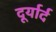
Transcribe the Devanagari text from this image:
दूर्यार्द